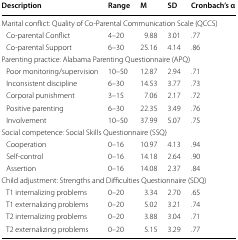
<table><thead><tr><td><b>Description</b></td><td><b>Range</b></td><td><b>M</b></td><td><b>SD</b></td><td><b>Cronbach’s α</b></td></tr></thead><tbody><tr><td colspan="5">Marital conflict: Quality of Co-Parental Communication Scale (QCCS)</td></tr><tr><td> Co-parental Conflict</td><td>4–20</td><td>9.88</td><td>3.01</td><td>.77</td></tr><tr><td> Co-parental Support</td><td>6–30</td><td>25.16</td><td>4.14</td><td>.86</td></tr><tr><td colspan="5">Parenting practice: Alabama Parenting Questionnaire (APQ)</td></tr><tr><td> Poor monitoring/supervision</td><td>10–50</td><td>12.87</td><td>2.94</td><td>.71</td></tr><tr><td> Inconsistent discipline</td><td>6–30</td><td>14.53</td><td>3.77</td><td>.73</td></tr><tr><td> Corporal punishment</td><td>3–15</td><td>7.06</td><td>2.17</td><td>.72</td></tr><tr><td> Positive parenting</td><td>6–30</td><td>22.35</td><td>3.49</td><td>.76</td></tr><tr><td> Involvement</td><td>10–50</td><td>37.99</td><td>5.07</td><td>.75</td></tr><tr><td colspan="5">Social competence: Social Skills Questionnaire (SSQ)</td></tr><tr><td> Cooperation</td><td>0–16</td><td>10.97</td><td>4.13</td><td>.94</td></tr><tr><td> Self-control</td><td>0–16</td><td>14.18</td><td>2.64</td><td>.90</td></tr><tr><td> Assertion</td><td>0–16</td><td>14.08</td><td>2.37</td><td>.84</td></tr><tr><td colspan="5">Child adjustment: Strengths and Difficulties Questionnaire (SDQ)</td></tr><tr><td> T1 internalizing problems</td><td>0–20</td><td>3.34</td><td>2.70</td><td>.65</td></tr><tr><td> T1 externalizing problems</td><td>0–20</td><td>5.02</td><td>3.21</td><td>.74</td></tr><tr><td> T2 internalizing problems</td><td>0–20</td><td>3.88</td><td>3.04</td><td>.71</td></tr><tr><td> T2 externalizing problems</td><td>0–20</td><td>5.15</td><td>3.29</td><td>.77</td></tr></tbody></table>